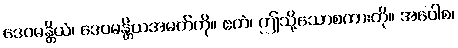
ဒေဝမန္တိယံ၊ ဒေဝမန္တိယအမတ်ကို။ ဧတံ၊ ဤသို့သောစကားကို။ အဝေါစ၊